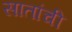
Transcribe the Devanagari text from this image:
सातांची